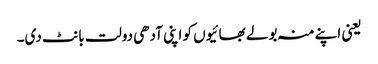
یعنی اپنے منہ بولے بھائیوں کو اپنی آدھی دولت بانٹ دی۔